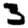
Digit: 3